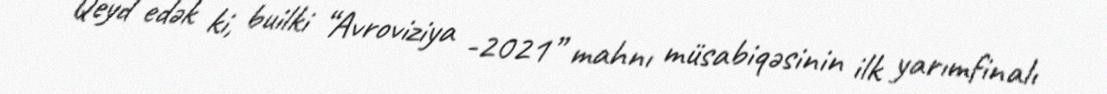
Qeyd edək ki, builki “Avroviziya -2021” mahnı müsabiqəsinin ilk yarımfinalı